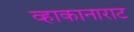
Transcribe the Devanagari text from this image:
व्हाकानाराट